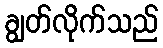
ချွတ်လိုက်သည်